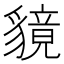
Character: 𧴈